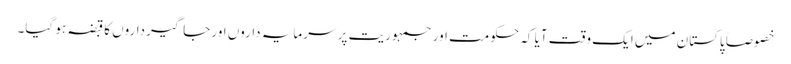
خصوصاً پاکستان میں ایک وقت آیا کہ حکومت اور جمہوریت پر سرمایہ داروں اور جاگیرداروں کا قبضہ ہو گیا۔